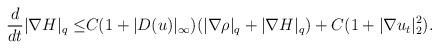
LaTeX: \begin{align*}\frac{d}{dt}|\nabla H|_q\leq& C(1+|D( u)|_\infty)(|\nabla \rho|_q+|\nabla H|_q)+C(1+|\nabla u_t|^2_2).\end{align*}